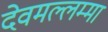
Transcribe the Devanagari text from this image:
देवमल्लम्मा